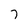
Character: 7